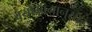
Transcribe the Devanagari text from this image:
वयोमानानुसार